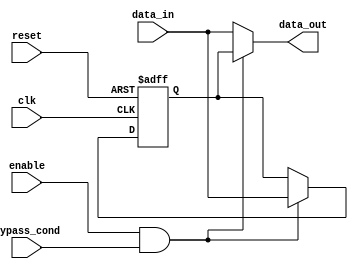
module Simple_Bypass_Register (
    input wire clk,
    input wire reset,
    input wire enable,
    input wire bypass_cond,
    input wire [7:0] data_in,
    output reg [7:0] data_out
);

reg [7:0] register;

always @(posedge clk or posedge reset) begin
    if (reset) begin
        register <= 8'b0;
    end else if (enable && bypass_cond) begin
        register <= data_in;
    end
end

assign data_out = enable && bypass_cond ? register : data_in;

endmodule